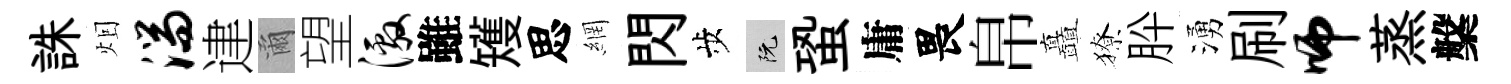
誅𤇆湍䢖爾望激雖矱思網閃歩阮蛩庸畏帛矗獠肸湧刷师蒸槃